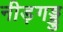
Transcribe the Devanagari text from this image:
नीड़गड्डु